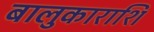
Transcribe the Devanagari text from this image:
बालुकाराशि